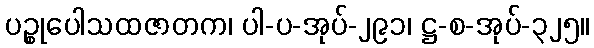
ပဉ္စုပေါသထဇာတက၊ ပါ-ပ-အုပ်-၂၉၁၊ ဋ္ဌ-စ-အုပ်-၃၂၅။